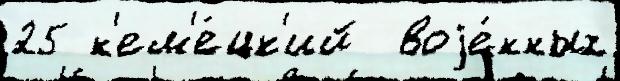
25 н'ем'е́цк'ий  воjе́нных